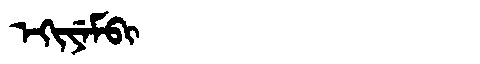
Manchu: ᡝᡴᡳᠶᡝᠮᠪᡳ
Romanization: EKIYEMBI